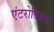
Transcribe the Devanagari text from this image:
एंटरोबियस